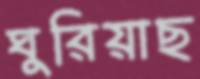
ঘুরিয়াছ